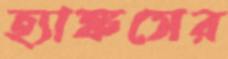
হ্যাঙ্কসের